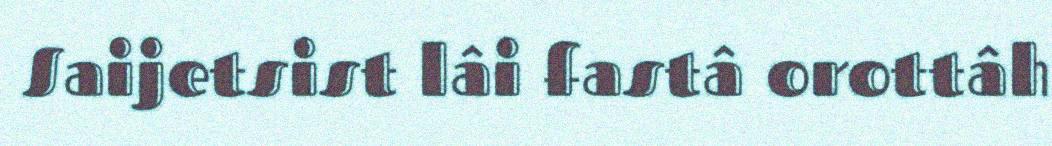
Saijetsist lâi fastâ orottâh